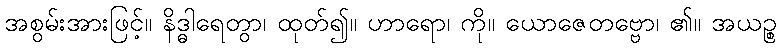
အစွမ်းအားဖြင့်။ နိဒ္ဓါရေတွာ၊ ထုတ်၍။ ဟာရော၊ ကို။ ယောဇေတဗ္ဗော၊ ၏။ အယဉ္စ